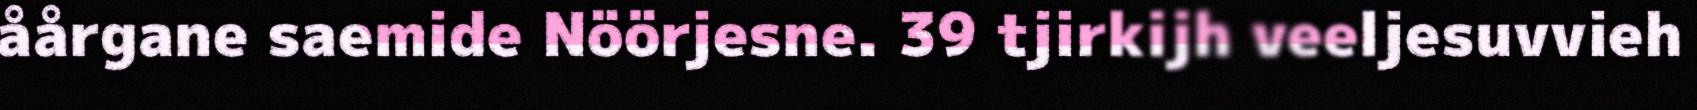
åårgane saemide Nöörjesne. 39 tjirkijh veeljesuvvieh